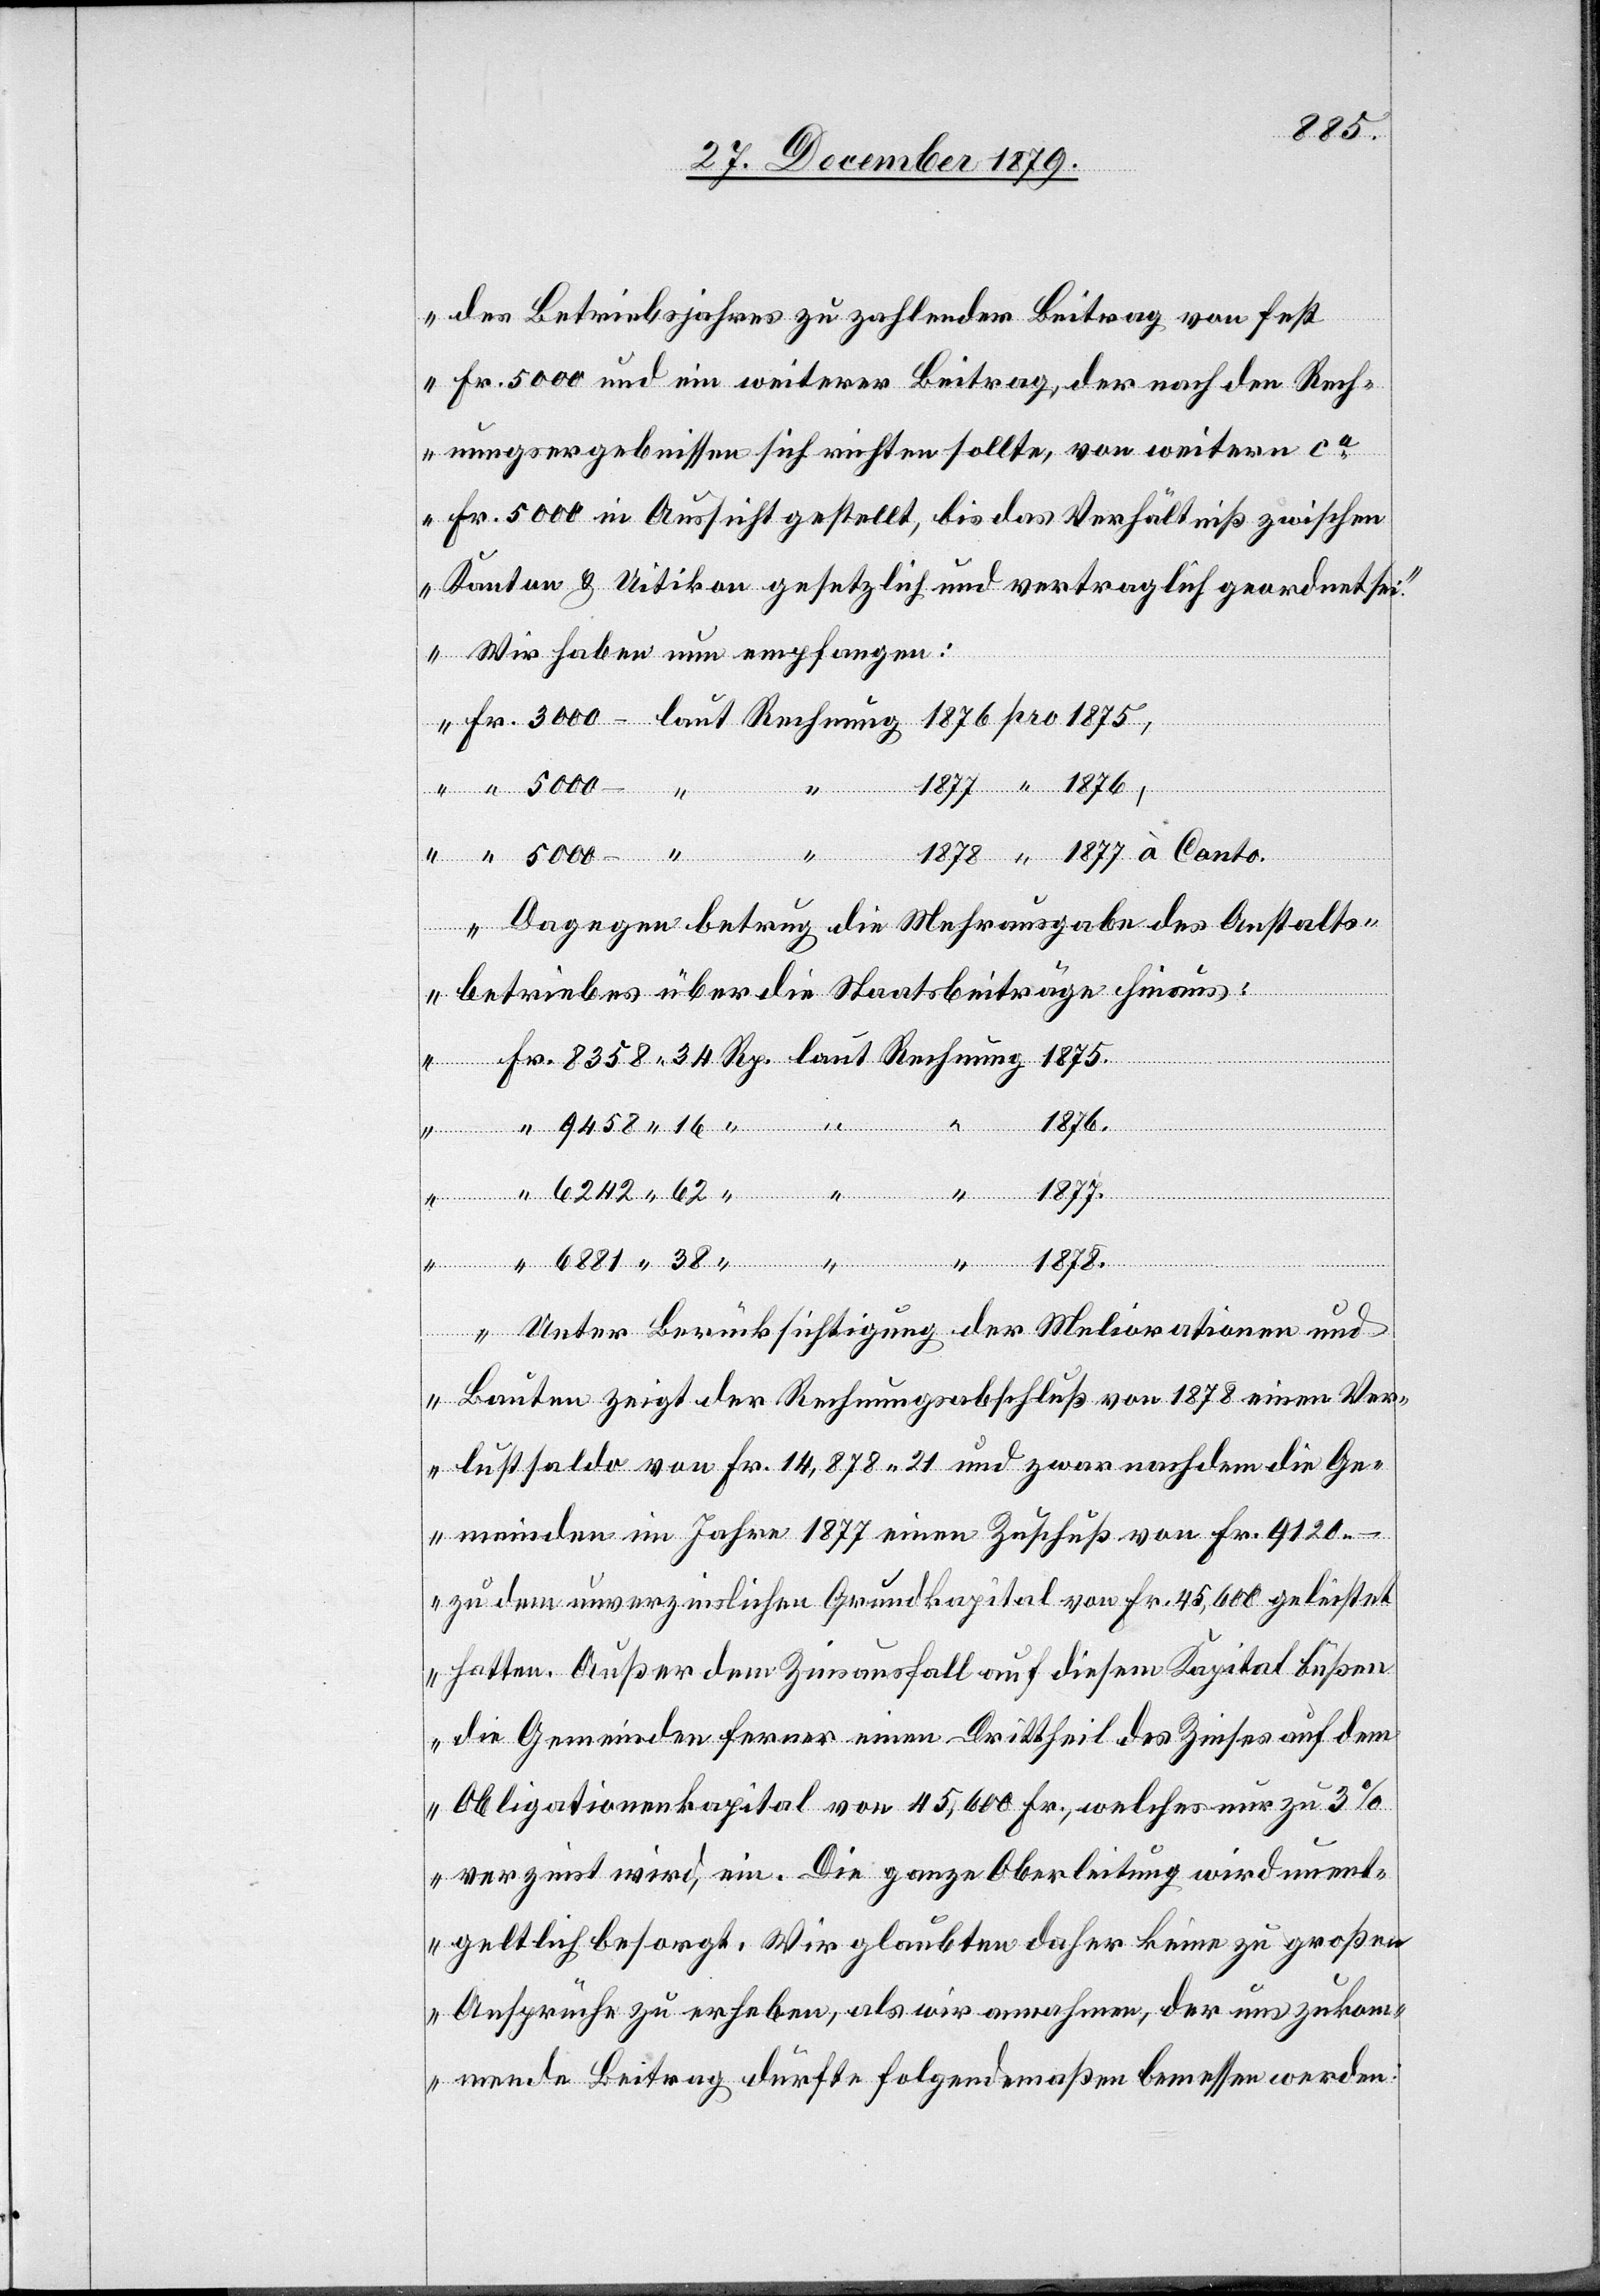
8358
des Betriebsjahres zu zahlender Beitrag von fest
Fr. 5000 und ein weiterer Beitrag, der nach den Rech¬
nungsergebnissen sich richten sollte, von weitern ca
Fr. 5000 in Aussicht gestellt, bis das Verhältniß zwischen
Kanton & Uitikon gesetzlich und vertraglich geordnet sei.“
Wir haben nun empfangen:
38
Dagegen betrug die Mehrausgabe des Anstalts¬
betriebes über die Staatsbeiträge hinaus:
1878.
1877.
Unter Berücksichtigung der Meliorationen und
Bauten zeigt der Rechnungsabschluß von 1878 einen Ver¬
lustsaldo von Fr. 14,878 21 und zwar nachdem die Ge¬
meinden im Jahre 1877 einen Zuschuß von Fr. 9120.–
zu dem unverzinslichen Grundkapital von Fr. 45,600 geleistet
hatten. Außer dem Zinsausfall auf diesem Kapital bußen
die Gemeinden ferner einen Drittheil des Zinses auf dem
Obligationenkapital von 45,600 Fr., welches nur zu 3%
verzinst wird, ein. Die ganze Oberleitung wird unent¬
geltlich besorgt. Wir glaubten daher keine zu großen
Ansprüche zu erheben, als wir anmahnen, der uns zukom¬
mende Beitrag dürfte folgendermaßen bemessen werden: